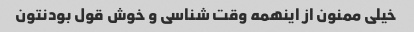
خیلی ممنون از اینهمه وقت شناسی و خوش قول بودنتون